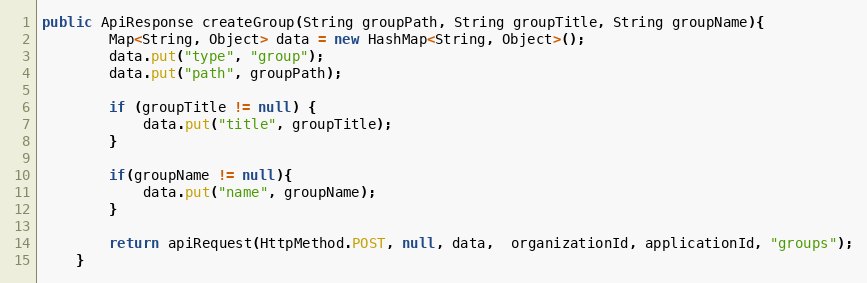
Language: Java
public ApiResponse createGroup(String groupPath, String groupTitle, String groupName){
        Map<String, Object> data = new HashMap<String, Object>();
        data.put("type", "group");
        data.put("path", groupPath);

        if (groupTitle != null) {
            data.put("title", groupTitle);
        }

        if(groupName != null){
            data.put("name", groupName);
        }

        return apiRequest(HttpMethod.POST, null, data,  organizationId, applicationId, "groups");
    }